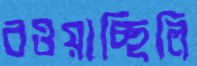
বওয়াচ্ছিলি